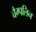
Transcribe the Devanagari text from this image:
चैम्पलिन